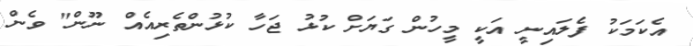
އެކަމަކު ފެލައިނީ އަކީ މީހުން ގަޔަށް ކުޅު ޖަހާ ކުޅުންތެރިއެއް ނޫން" ވެން